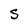
Character: S